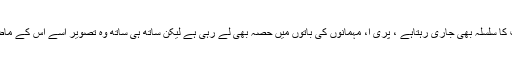
کھانے کے دوران بات چیت کا سلسلہ بھی جاری رہتاہے ، پری ا، مہمانوں کی باتوں میں حصہ بھی لے رہی ہے لیکن ساتھ ہی ساتھ وہ تصویر اسے اس کے ماضی کی طرف لے جاتی ہے۔